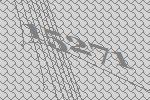
15271